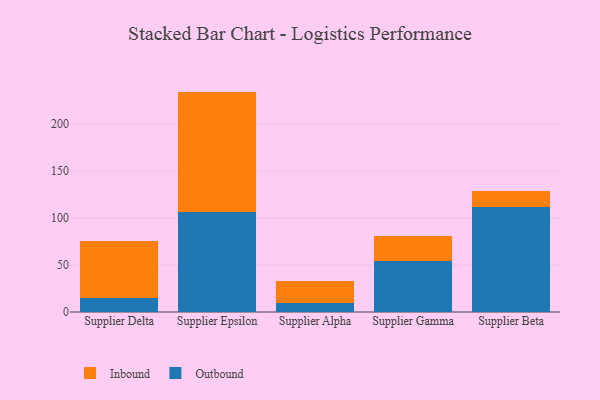
{"axis": {"x": "Supplier", "y": "Demand Index"}, "legend": ["Inbound", "Outbound"], "data": [{"x": "Supplier Delta", "y": 14.8, "type": "Outbound"}, {"x": "Supplier Delta", "y": 60.8, "type": "Inbound"}, {"x": "Supplier Epsilon", "y": 106.8, "type": "Outbound"}, {"x": "Supplier Epsilon", "y": 128.0, "type": "Inbound"}, {"x": "Supplier Alpha", "y": 9.4, "type": "Outbound"}, {"x": "Supplier Alpha", "y": 23.3, "type": "Inbound"}, {"x": "Supplier Gamma", "y": 54.4, "type": "Outbound"}, {"x": "Supplier Gamma", "y": 26.5, "type": "Inbound"}, {"x": "Supplier Beta", "y": 111.4, "type": "Outbound"}, {"x": "Supplier Beta", "y": 17.1, "type": "Inbound"}]}